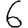
Digit: 6